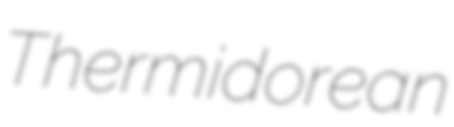
Thermidorean